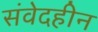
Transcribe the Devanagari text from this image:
संवेदहीन